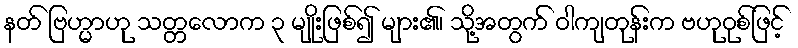
နတ် ဗြဟ္မာဟု သတ္တလောက ၃ မျိုးဖြစ်၍ များ၏၊ သို့အတွက် ဝါကျတုန်းက ဗဟုဝုစ်ဖြင့်